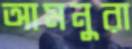
আমনুরা